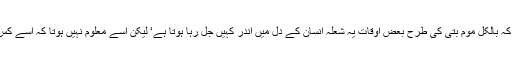
مجھے ایسا لگا کہ بالکل موم بتی کی طرح بعض اوقات یہ شعلہ انسان کے دل میں اندر کہیں جل رہا ہوتا ہے‘ لیکن اسے معلوم نہیں ہوتا کہ اسے کس نے جلایا ہے۔